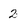
Character: 2